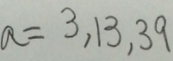
a = 3 , 1 3 , 3 9